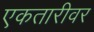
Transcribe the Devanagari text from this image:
एकतारीवर